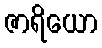
ဇာရိယော